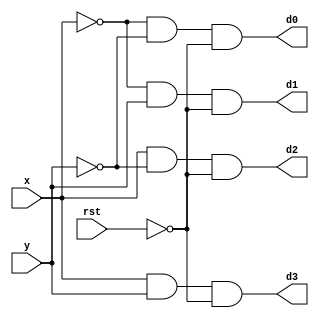

module decoder2to4 (d0,d1,d2,d3,x,y,rst);
input x, y, rst;
output d0,d1,d2,d3;
/*
1. for input x is MSB and y is LSB.
2. for output d3 is MSB and d0 is LSB.
3. 00 -> d0 is 1
	01 -> d1 is 1
	10 -> d2 is 1
	11 -> d3 is 1
*/
wire rst_bar,x_bar,y_bar;
not g1 (rst_bar,rst);
not g2 (x_bar,x);
not g3 (y_bar,y);
and g4 (d0, x_bar, y_bar, rst_bar);
and g5 (d1, x_bar, y, rst_bar);
and g6 (d2, x, y_bar, rst_bar);
and g7 (d3, x, y, rst_bar);
endmodule